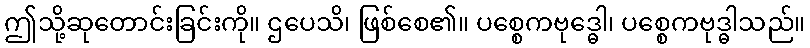
ဤသို့ဆုတောင်းခြင်းကို။ ဌပေသိ၊ ဖြစ်စေ၏။ ပစ္စေကဗုဒ္ဓေါ၊ ပစ္စေကဗုဒ္ဓါသည်။